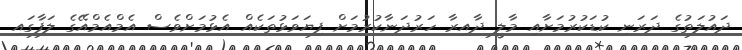
ދައުލަތުގެ ދަރަނި ކުޑަކުރުމަށާއި މާލީ ދާއިރާ ހަރުދަނާކުރުމަށް ފިޔަަވަޅުތަކެއް އެޅުމަށްވެސް އެމްއެމްއޭގެ ލަފާގައި